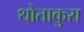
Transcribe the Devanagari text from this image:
थोताकुरा